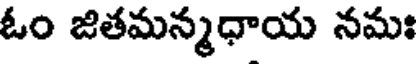
ఓం జితమన్మధాయ నమః